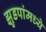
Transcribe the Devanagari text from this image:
झुडपांमध्ये